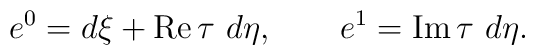
e^0=d\xi+{\rm Re}\,\tau \,\,d\eta,\quad\quad e^1={\rm Im}\,\tau\,\,d\eta.